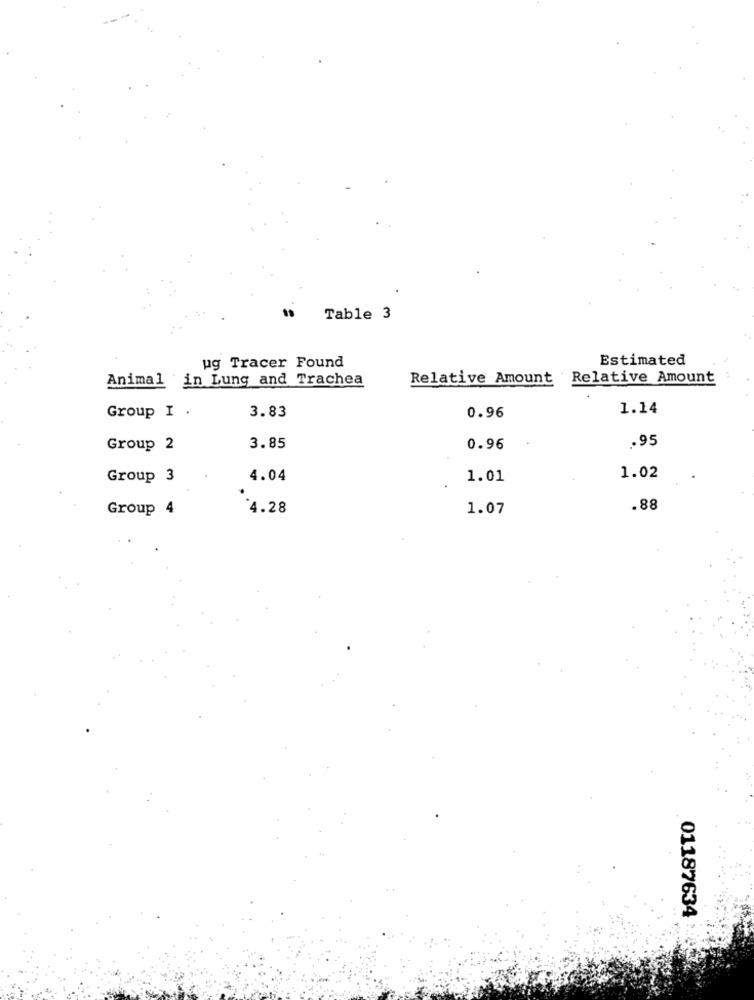
Table 3
Estimated
ug Tracer Found
Animal
in Lung and Trachea
Relative Amount Relative Amount
3.83
1.14
Group I .
0.96
.95
Group 2
3.85
0.96
Group 3
4.04
1.01
1.02
Group 4
4.28
1.07
.88
01187634